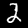
Label: 2